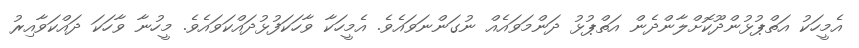
އެމީހަކު އަތްޕުޅުންދޫކޮށްލާންދެން އަތްޕުޅު ދަންމަވައެއް ނުގަންނަވައެވެ. އެމީހަކާ ވާހަކަފުޅުދައްކަވައެވެ. މީހުނާ ވާހަކަ ދައްކަވާއިރު